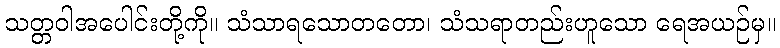
သတ္တဝါအပေါင်းတို့ကို။ သံသာရသောတတော၊ သံသရာတည်းဟူသော ရေအယဉ်မှ။